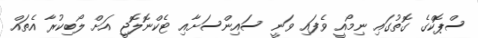
ސްޕޮކްގެ ގޮތުގައި ނިމޯއީ ވެފައި ވަނީ ސައިންސަށާއި ޓެކްނޮލޮޖީ އަށް ލޯބިކުރާ އެތައް